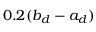
0 . 2 ( b _ { d } - a _ { d } )